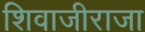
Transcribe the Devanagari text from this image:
शिवाजीराजा